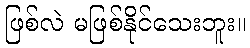
ဖြစ်လဲ မဖြစ်နိုင်သေးဘူး။